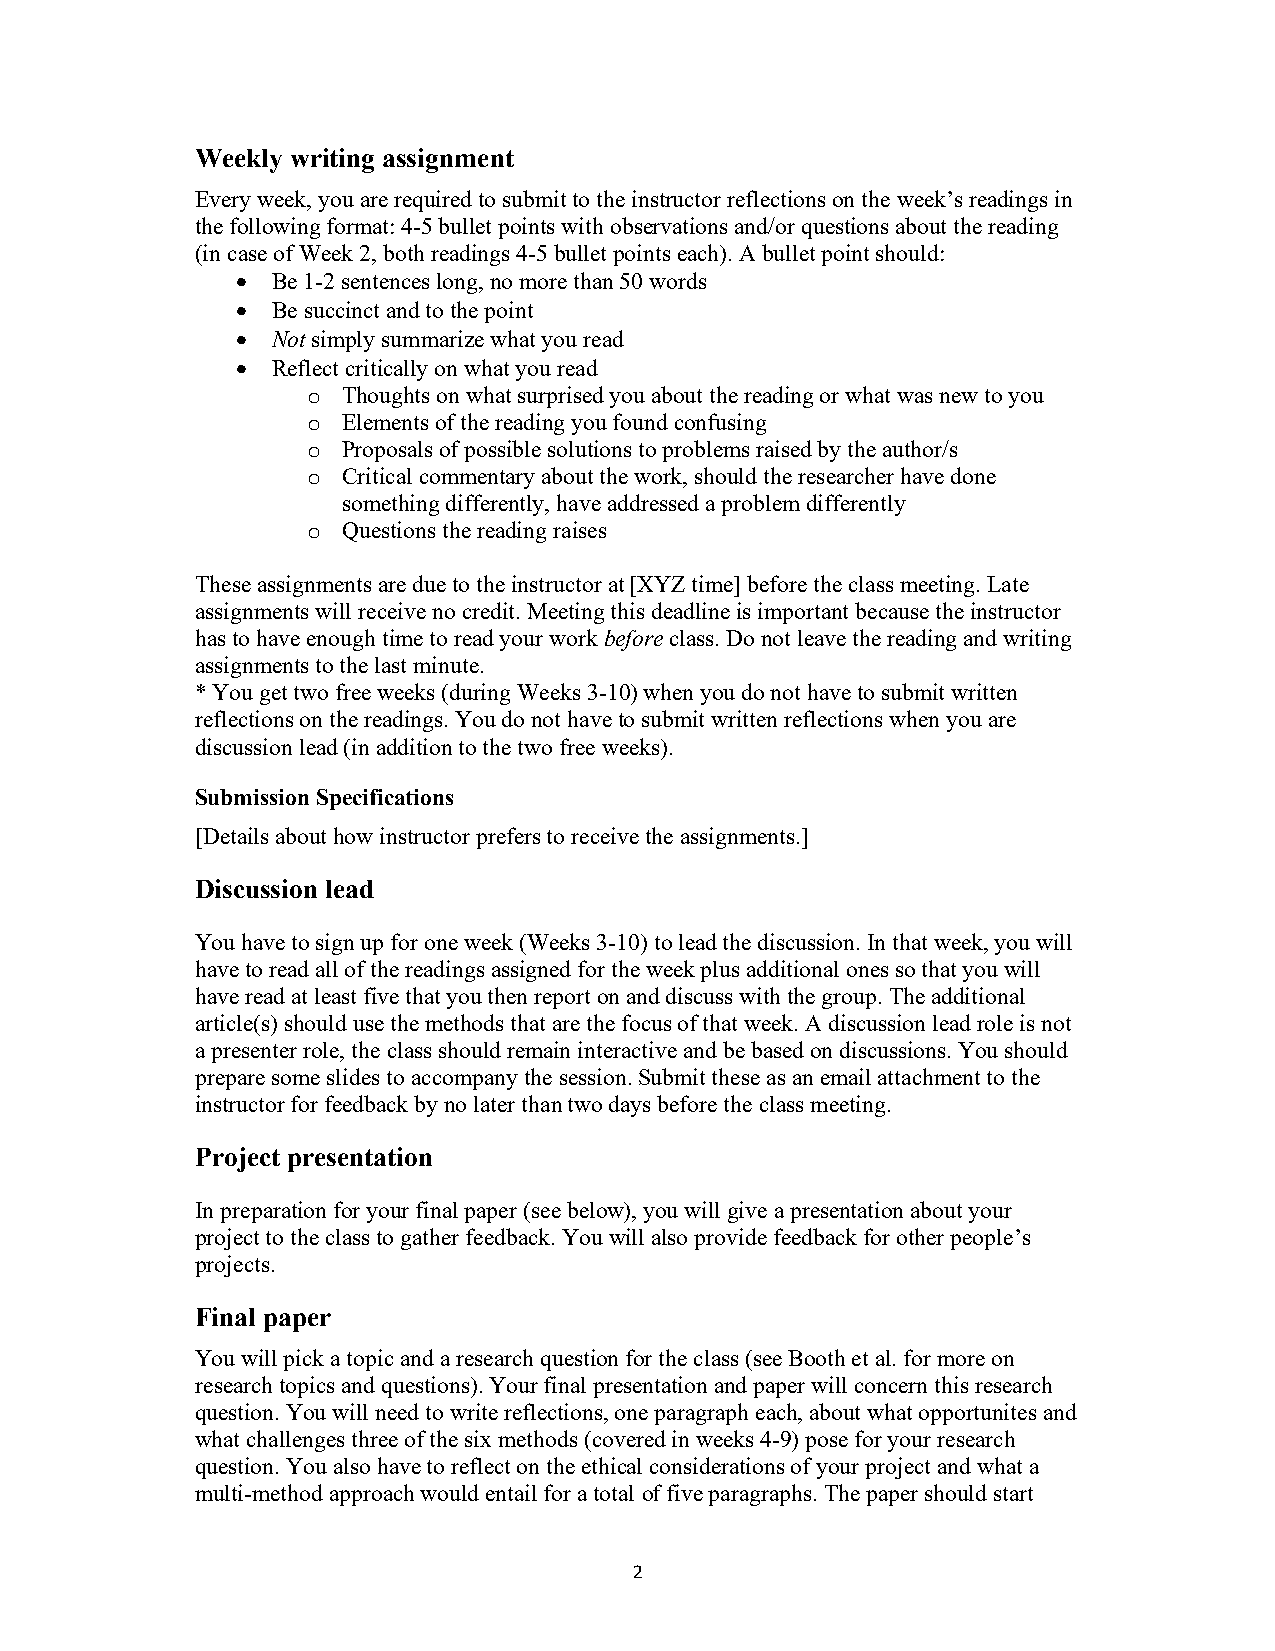
Weekly writing assignment
 Every week, you are required to submit to the instructor reflections on the week’s readings in
 the following format: 4-5 bullet points with observations and/or questions about the reading
 (in case of Week 2, both readings 4-5 bullet points each). A bullet point should:
  Be 1-2 sentences long, no more than 50 words
  Be succinct and to the point
  Not simply summarize what you read
  Reflect critically on what you read
 o  Thoughts on what surprised you about the reading or what was new to you
 o  Elements of the reading you found confusing
 o  Proposals of possible solutions to problems raised by the author/s
 o  Critical commentary about the work, should the researcher have done
 something differently, have addressed a problem differently
 o  Questions the reading raises
 These assignments are due to the instructor at [XYZ time] before the class meeting. Late
 assignments will receive no credit. Meeting this deadline is important because the instructor
 has to have enough time to read your work before class. Do not leave the reading and writing
 assignments to the last minute.
 * You get two free weeks (during Weeks 3-10) when you do not have to submit written
 reflections on the readings. You do not have to submit written reflections when you are
 discussion lead (in addition to the two free weeks).
 Submission Specifications
 [Details about how instructor prefers to receive the assignments.]
 Discussion lead
 You have to sign up for one week (Weeks 3-10) to lead the discussion. In that week, you will
 have to read all of the readings assigned for the week plus additional ones so that you will
 have read at least five that you then report on and discuss with the group. The additional
 article(s) should use the methods that are the focus of that week. A discussion lead role is not
 a presenter role, the class should remain interactive and be based on discussions. You should
 prepare some slides to accompany the session. Submit these as an email attachment to the
 instructor for feedback by no later than two days before the class meeting.
 Project presentation
 In preparation for your final paper (see below), you will give a presentation about your
 project to the class to gather feedback. You will also provide feedback for other people’s
 projects.
 Final paper
 You will pick a topic and a research question for the class (see Booth et al. for more on
 research topics and questions). Your final presentation and paper will concern this research
 question. You will need to write reflections, one paragraph each, about what opportunites and
 what challenges three of the six methods (covered in weeks 4-9) pose for your research
 question. You also have to reflect on the ethical considerations of your project and what a
 multi-method approach would entail for a total of five paragraphs. The paper should start
 2